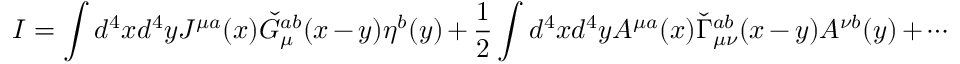
I = \int d ^ { 4 } x d ^ { 4 } y J ^ { \mu a } ( x ) \check { G } _ { \mu } ^ { a b } ( x - y ) \eta ^ { b } ( y ) + \frac 1 2 \int d ^ { 4 } x d ^ { 4 } y A ^ { \mu a } ( x ) \check { \Gamma } _ { \mu \nu } ^ { a b } ( x - y ) A ^ { \nu b } ( y ) + \cdots